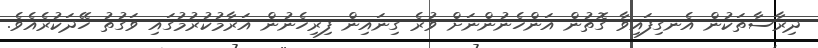
ދިރާސާތަކުން އެނގިފައިވާ ގޮތުން އަންހެނުންނަށް ވުރެ ގިނައިން ފިރިހެނުން އަރާމުކުރުމުގައި ވަގުތު ހޭދަކުރެއެވެ.